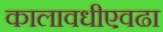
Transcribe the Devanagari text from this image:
कालावधीएवढा